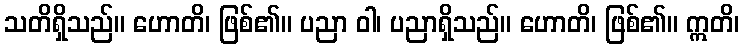
သတိရှိသည်။ ဟောတိ၊ ဖြစ်၏။ ပညာ ဝါ၊ ပညာရှိသည်။ ဟောတိ၊ ဖြစ်၏။ ဣတိ၊